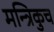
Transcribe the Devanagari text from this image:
मन्त्रिकुच